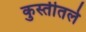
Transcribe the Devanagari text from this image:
कुस्तीतले